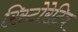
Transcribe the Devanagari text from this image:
रिस्टोरेटिव